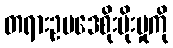
တရားဥပဒေစိုးမိုးမှုကို